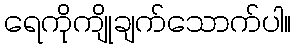
ရေကိုကျိုချက်သောက်ပါ။